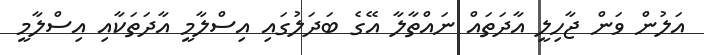
އަލުން ވަން ޖާހިލީ އާދަތައް ނައްތާލާ އޭގެ ބަދަލުގައި އިސްލާމީ އާދަތަކާއި އިސްލާމީ